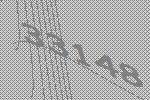
33148